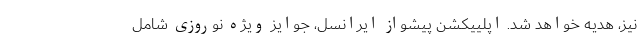
نیز، هدیه خواهد شد. اپلییکشن پیشواز ایرانسل، جوایز ویژه نوروزی شامل